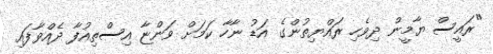
"ރައީސް ޔާމީން ދިވެހި ރައްޔިތުންގެ އަޑު ނާހާ ކަމަށް ވަންޏާ އިސްތިއުފާ ދެއްވާފައި